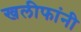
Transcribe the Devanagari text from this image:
खलीफांनी